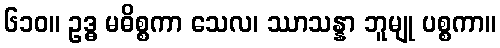
၆၁၀။ ဥဒ္ဓ မဓိစ္စကာ သေလ၊ ဿာသန္နာ ဘူမျု ပစ္စကာ။